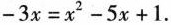
$$- 3 x = x^{2} - 5 x +1$$.